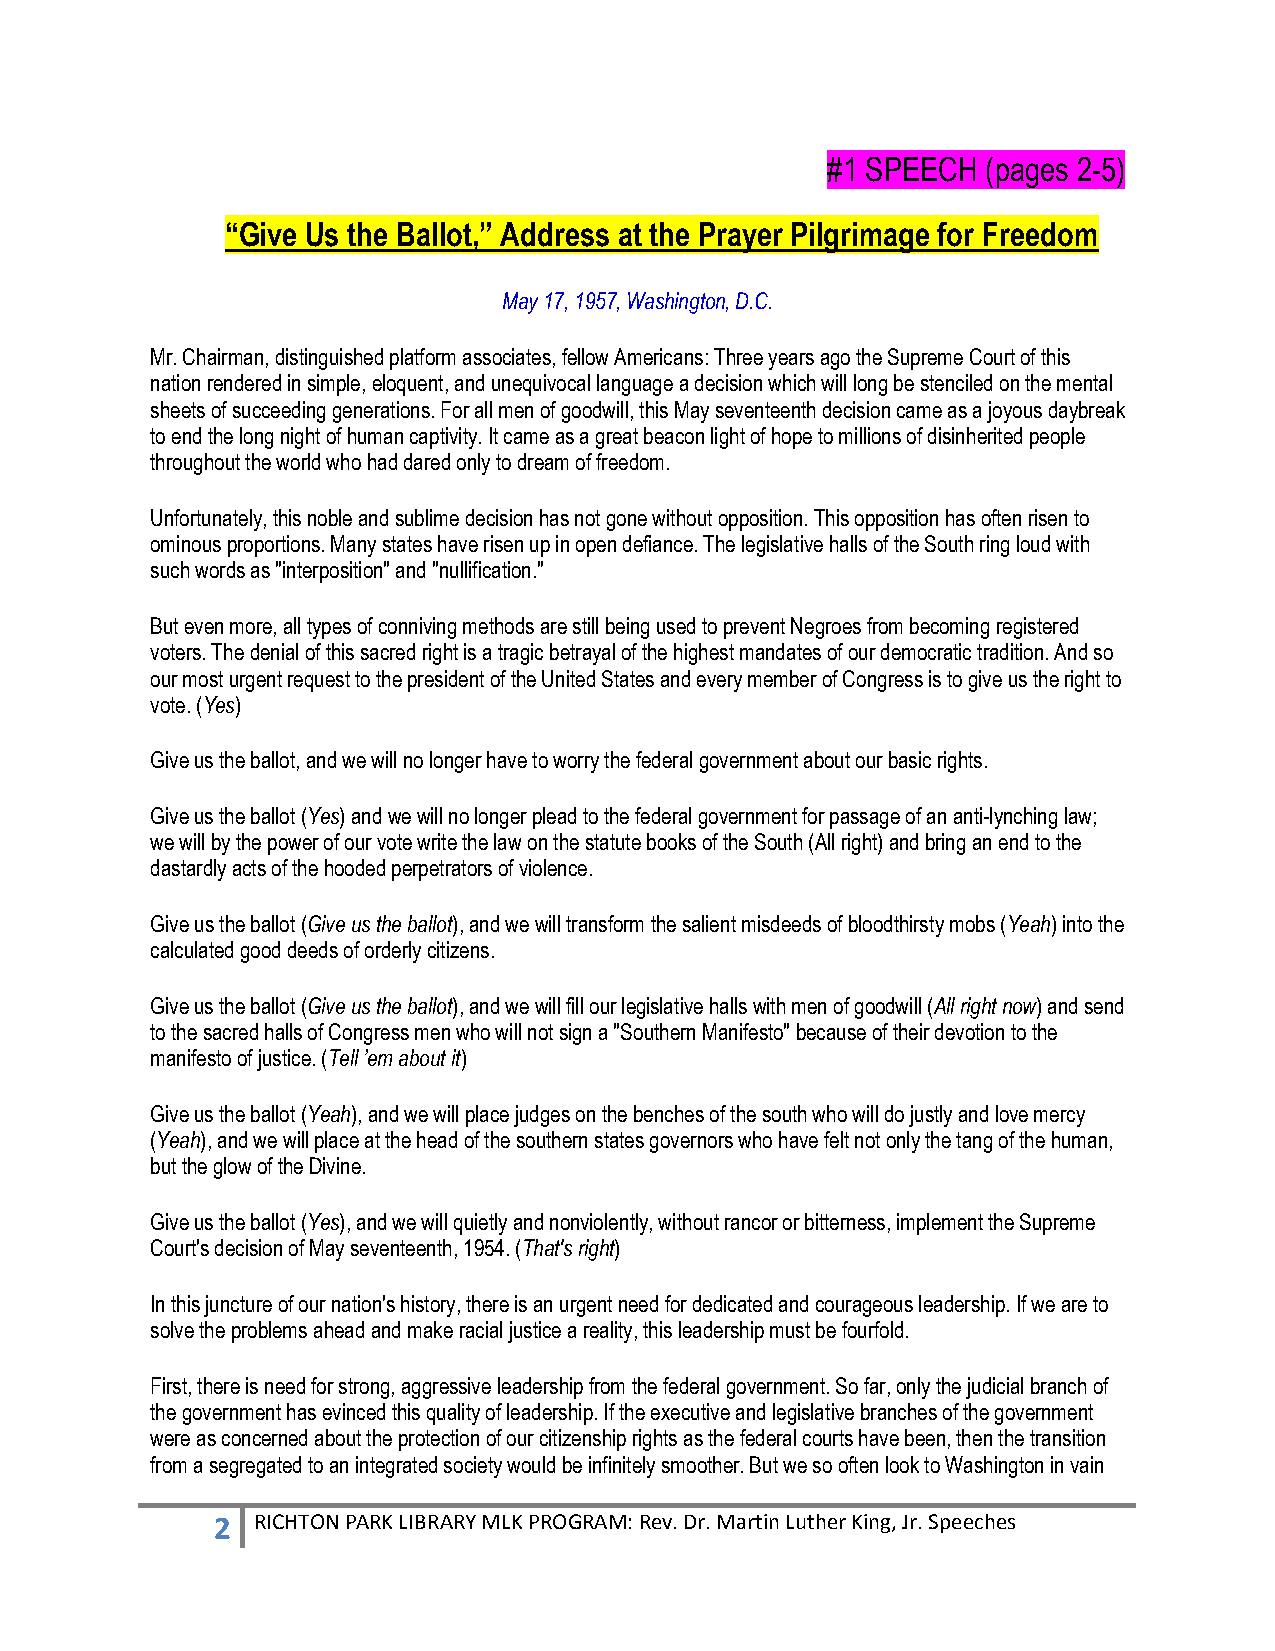
#1 SPEECH (pages 2-5)
 “Give Us the Ballot,” Address at the Prayer Pilgrimage for Freedom
 May 17, 1957, Washington, D.C.
 Mr. Chairman, distinguished platform associates, fellow Americans: Three years ago the Supreme Court of this
 nation rendered in simple, eloquent, and unequivocal language a decision which will long be stenciled on the mental
 sheets of succeeding generations. For all men of goodwill, this May seventeenth decision came as a joyous daybreak
 to end the long night of human captivity. It came as a great beacon light of hope to millions of disinherited people
 throughout the world who had dared only to dream of freedom.
 Unfortunately, this noble and sublime decision has not gone without opposition. This opposition has often risen to
 ominous proportions. Many states have risen up in open defiance. The legislative halls of the South ring loud with
 such words as "interposition" and "nullification."
 But even more, all types of conniving methods are still being used to prevent Negroes from becoming registered
 voters. The denial of this sacred right is a tragic betrayal of the highest mandates of our democratic tradition. And so
 our most urgent request to the president of the United States and every member of Congress is to give us the right to
 vote. (Yes)
 Give us the ballot, and we will no longer have to worry the federal government about our basic rights.
 Give us the ballot (Yes) and we will no longer plead to the federal government for passage of an anti-lynching law;
 we will by the power of our vote write the law on the statute books of the South (All right) and bring an end to the
 dastardly acts of the hooded perpetrators of violence.
 Give us the ballot (Give us the ballot), and we will transform the salient misdeeds of bloodthirsty mobs (Yeah) into the
 calculated good deeds of orderly citizens.
 Give us the ballot (Give us the ballot), and we will fill our legislative halls with men of goodwill (All right now) and send
 to the sacred halls of Congress men who will not sign a "Southern Manifesto" because of their devotion to the
 manifesto of justice. (Tell ’em about it)
 Give us the ballot (Yeah), and we will place judges on the benches of the south who will do justly and love mercy
 (Yeah), and we will place at the head of the southern states governors who have felt not only the tang of the human,
 but the glow of the Divine.
 Give us the ballot (Yes), and we will quietly and nonviolently, without rancor or bitterness, implement the Supreme
 Court's decision of May seventeenth, 1954. (That's right)
 In this juncture of our nation's history, there is an urgent need for dedicated and courageous leadership. If we are to
 solve the problems ahead and make racial justice a reality, this leadership must be fourfold.
 First, there is need for strong, aggressive leadership from the federal government. So far, only the judicial branch of
 the government has evinced this quality of leadership. If the executive and legislative branches of the government
 were as concerned about the protection of our citizenship rights as the federal courts have been, then the transition
 from a segregated to an integrated society would be infinitely smoother. But we so often look to Washington in vain
 2  RICHTON PARK LIBRARY MLK PROGRAM: Rev. Dr. Martin Luther King, Jr. Speeches